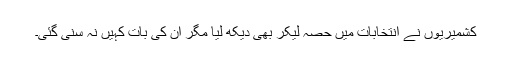
کشمیریوں نے انتخابات میں حصہ لیکر بھی دیکھ لیا مگر ان کی بات کہیں نہ سنی گئی۔